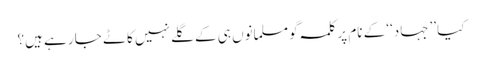
کیا ’’جہاد‘‘ کے نام پر کلمہ گو مسلمانوں ہی کے گلے نہیں کاٹے جا رہے ہیں؟